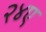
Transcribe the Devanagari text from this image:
२४ए